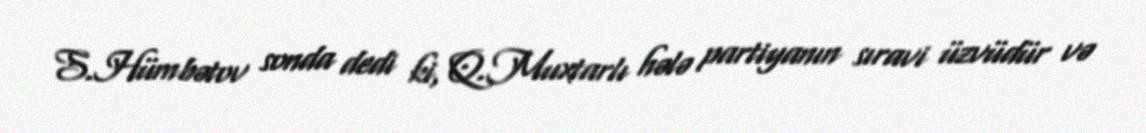
S.Hümbətov sonda dedi ki, Q.Muxtarlı hələ partiyanın sıravi üzvüdür və